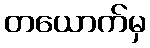
တယောက်မှ